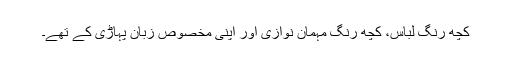
کچھ رنگ لباس، کچھ رنگ مہمان نوازی اور اپنی مخصوص زبان پہاڑی کے تھے۔